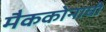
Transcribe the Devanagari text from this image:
मैककोनाघी